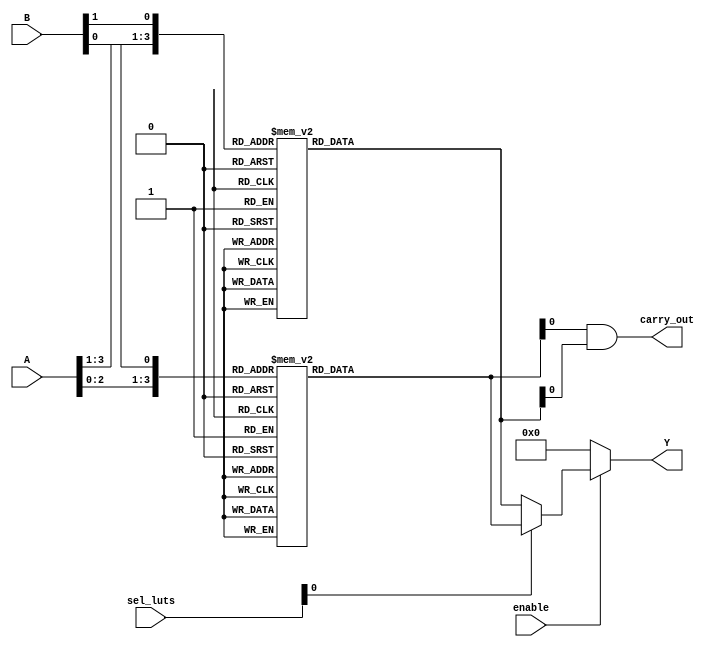
module CLB (
    input wire [3:0] A,            // Inputs A0, A1, A2, A3
    input wire [3:0] B,            // Inputs B0, B1, B2, B3
    input wire [1:0] sel_luts,     // Select signal for LUTs
    input wire enable,              // Enable signal for outputs
    output wire [3:0] Y,           // Outputs Y0, Y1, Y2, Y3
    output wire carry_out           // Carry output (if applicable)
);

// Internal signals for LUT outputs
wire [3:0] lut_out_1;
wire [3:0] lut_out_2;

// 4-input LUT implementation
function [3:0] lut_4input;
    input [3:0] inputs;
    input [15:0] truth_table;
    begin
        case (inputs)
            4'b0000: lut_4input = truth_table[0];
            4'b0001: lut_4input = truth_table[1];
            4'b0010: lut_4input = truth_table[2];
            4'b0011: lut_4input = truth_table[3];
            4'b0100: lut_4input = truth_table[4];
            4'b0101: lut_4input = truth_table[5];
            4'b0110: lut_4input = truth_table[6];
            4'b0111: lut_4input = truth_table[7];
            4'b1000: lut_4input = truth_table[8];
            4'b1001: lut_4input = truth_table[9];
            4'b1010: lut_4input = truth_table[10];
            4'b1011: lut_4input = truth_table[11];
            4'b1100: lut_4input = truth_table[12];
            4'b1101: lut_4input = truth_table[13];
            4'b1110: lut_4input = truth_table[14];
            4'b1111: lut_4input = truth_table[15];
            default: lut_4input = 4'b0000;
        endcase
    end
endfunction

// Configuration for LUT truth tables
parameter [15:0] TT1 = 16'b1010101010101010; // Truth table for LUT 1
parameter [15:0] TT2 = 16'b1100110011001100; // Truth table for LUT 2

// Calculate outputs from LUTs
assign lut_out_1 = lut_4input({A, B[0]}, TT1); // Example usage of A and B[0]
assign lut_out_2 = lut_4input({A[3:1], B[1]}, TT2); // Another example

// MUX logic to select output based on control signal
assign Y = enable ? (sel_luts[0] ? lut_out_1 : lut_out_2) : 4'b0000;

// Carry out logic (example: using LUT output as carry)
assign carry_out = lut_out_1[0] & lut_out_2[0]; // Example carry logic

endmodule